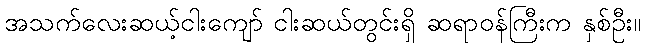
အသက်လေးဆယ့်ငါးကျော် ငါးဆယ်တွင်းရှိ ဆရာဝန်ကြီးက နှစ်ဦး။